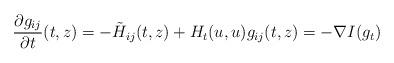
LaTeX: \begin{align*}\frac{\partial g_{ij}}{\partial t}(t,z)=-\tilde{H}_{ij}(t,z)+H_t(u,u)g_{ij}(t,z)=-\nabla I(g_t)\end{align*}